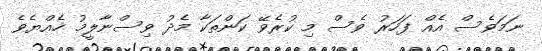
ނަމަވެސް އެއް ފަހަރު ވެސް މި ކުރެވޭ ކަންތަކާ މެދު ވިސްނާލީމު ހެއްޔެވެ